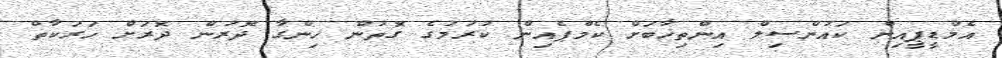
އެމްޑީޕީއިން ކައުންސިލް އިންތިޚާބަށް ކެމްޕެއިން ކުރުމުގެ ގޮތުން ހިންގާ ދޮރުން ދޮރަށް ހަރަކާތް